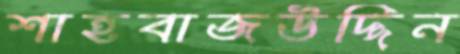
শাহবাজউদ্দিন